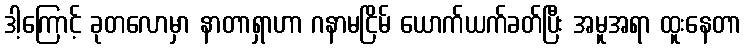
ဒါ့ကြောင့် ခုတလောမှာ နာတာရှာဟာ ဂနာမငြိမ် ယောက်ယက်ခတ်ပြီး အမူအရာ ထူးနေတာ